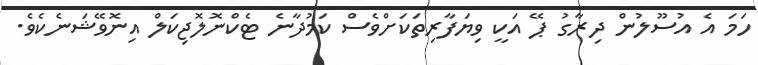
ހަމަ އެ އުސޫލުން ދިރާގު ޕޭ އަކީ ވިޔަފާރިތަކަށްވެސް ކަމުދާނެ ޓެކްނޮލޮޖިކަލް އިނޮވޭޝަނެކެވެ.